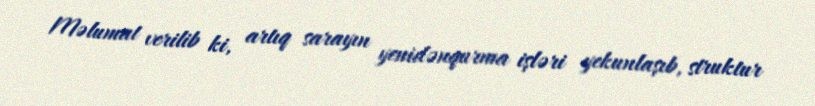
Məlumat verilib ki, artıq sarayın yenidənqurma işləri yekunlaşıb, struktur